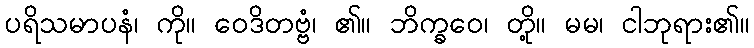
ပရိသမာပနံ၊ ကို။ ဝေဒိတဗ္ဗံ၊ ၏။ ဘိက္ခဝေ၊ တို့။ မမ၊ ငါဘုရား၏။